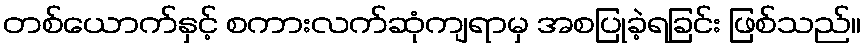
တစ်ယောက်နှင့် စကားလက်ဆုံကျရာမှ အစပြုခဲ့ရခြင်း ဖြစ်သည်။